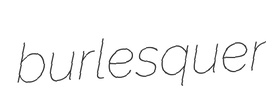
burlesquer